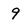
Character: 9